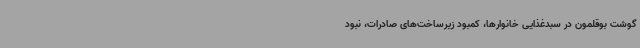
گوشت بوقلمون در سبدغذایی خانوارها، کمبود زیرساخت‌های صادرات، نبود